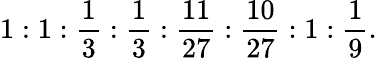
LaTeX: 1:1:\frac{1}{3}:\frac{1}{3}:\frac{11}{27}:\frac{10}{27}:1:\frac{1}{9}.